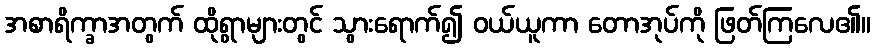
အစာရိက္ခာအတွက် ထိုရွာများတွင် သွားရောက်၍ ဝယ်ယူကာ တောအုပ်ကို ဖြတ်ကြလေ၏။